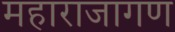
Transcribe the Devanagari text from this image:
महाराजागण